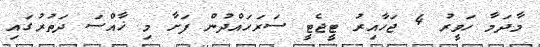
މާދަމާ ހަވީރު 4 ޖަހާއިރު ޓީޖެޓީ ސަރަހައްދުން ފަށާ މި ޚާއްސަ ދަތުރުގައި